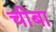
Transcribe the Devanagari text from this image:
चीबा